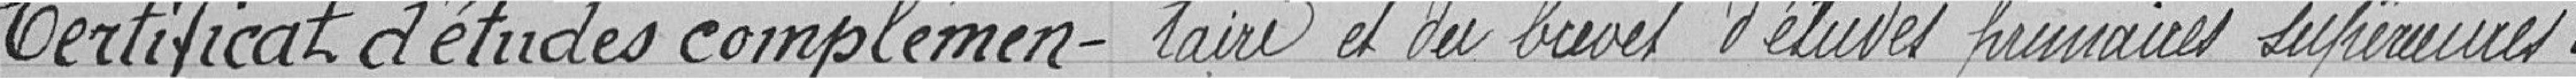
Certificat d'études complémen- taire et du brevet d'études primaires supérieures.